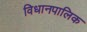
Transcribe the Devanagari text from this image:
विधानपालिक